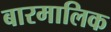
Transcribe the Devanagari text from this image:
बारमालिक